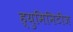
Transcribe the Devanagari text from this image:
ह्युमिनिटीज